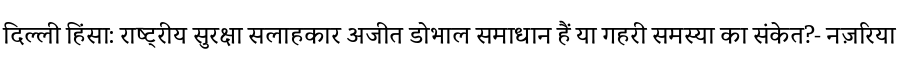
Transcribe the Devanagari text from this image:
दिल्ली हिंसा: राष्ट्रीय सुरक्षा सलाहकार अजीत डोभाल समाधान हैं या गहरी समस्या का संकेत?- नज़रिया